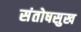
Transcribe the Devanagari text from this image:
संतोषसुख